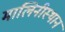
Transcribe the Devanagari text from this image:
मालिनीस्थान